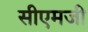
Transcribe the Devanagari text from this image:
सीएमजी